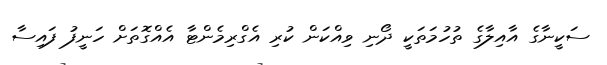
ސަކީނާގެ އާއިލާގެ ތުހުމަތަކީ ދޯނި ވިއްކަން ކުރި އެގްރިމެންޓާ އެއްގޮތަށް ހަނީފު ފައިސާ